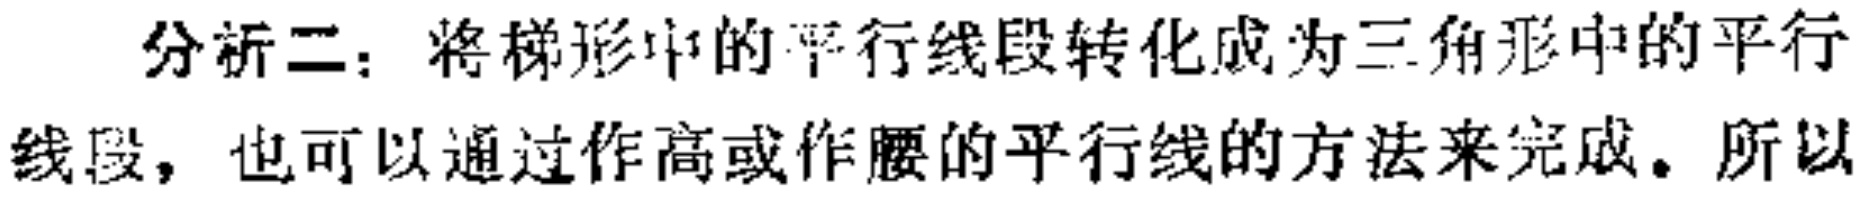
分析二：将梯形中的平行线段转化成为三角形中的平行线段，也可以通过作高或作腰的平行线的方法来完成。所以